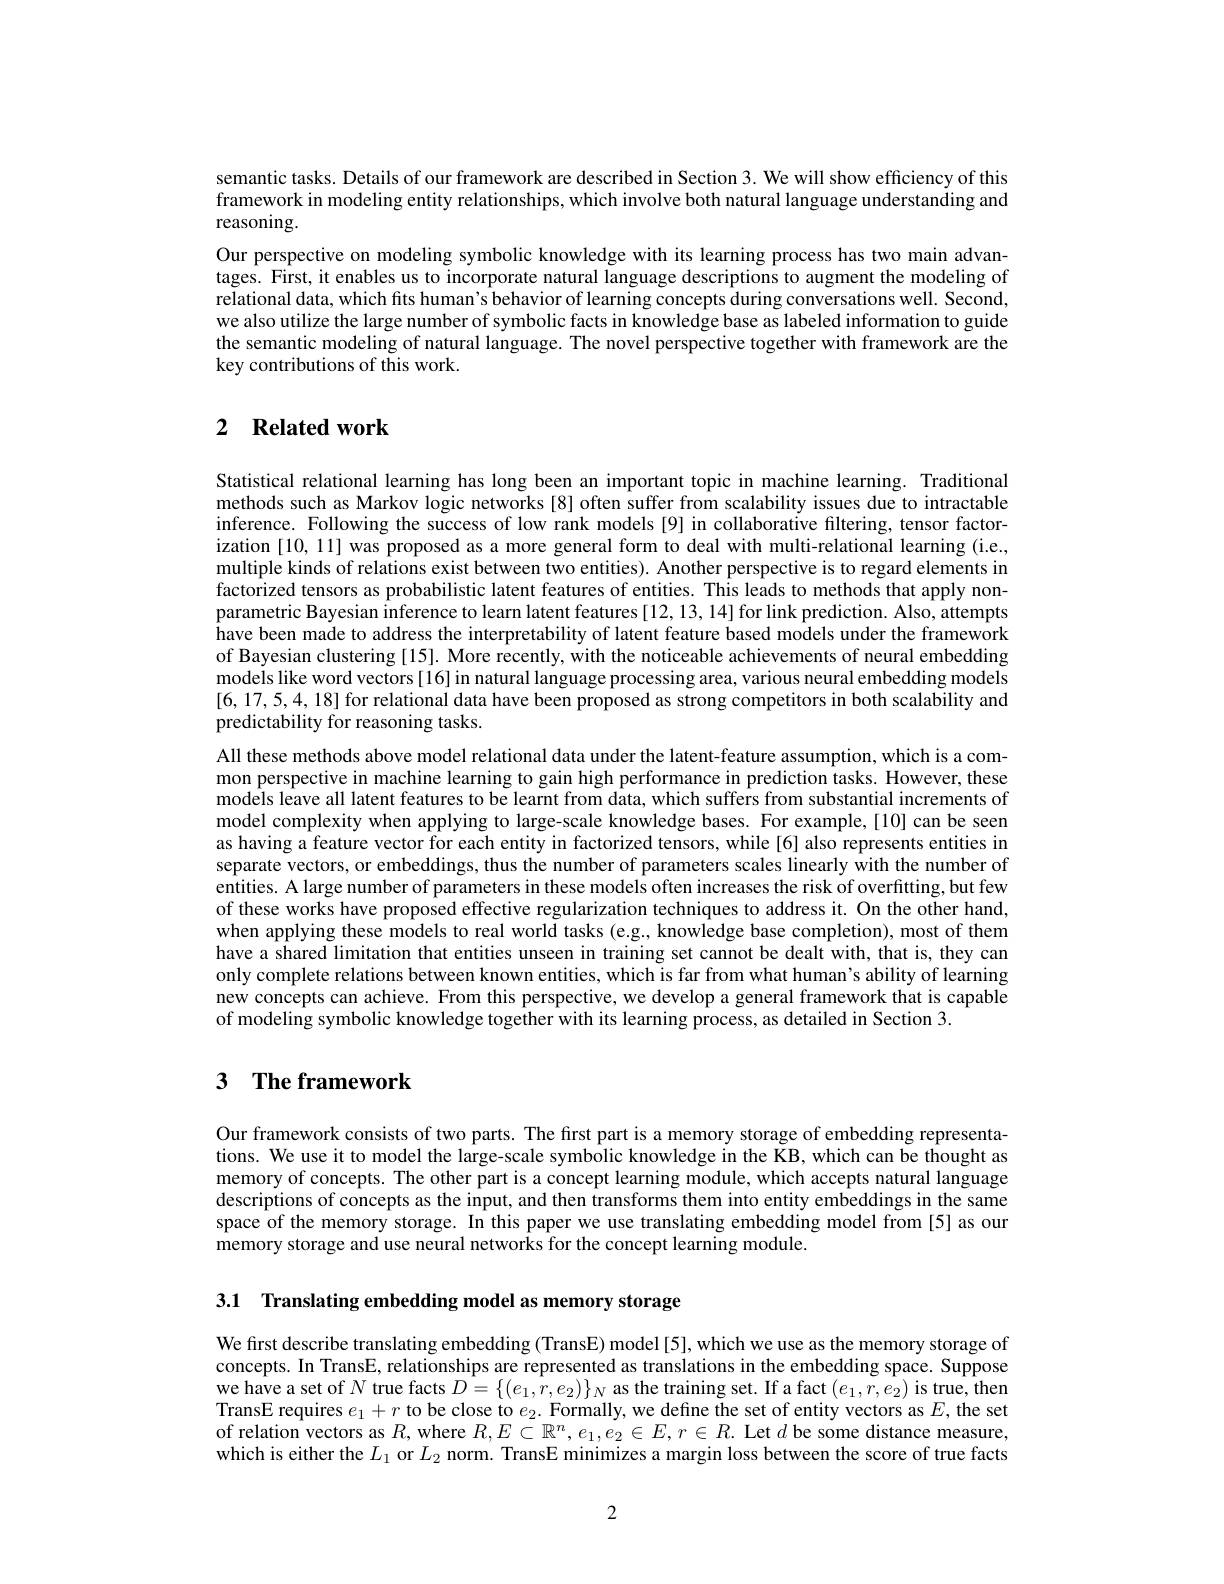
semantic tasks. Details of our framework are described in Section 3. We will show efficiency of this framework in modeling entity relationships, which involve both natural language understanding and reasoning.

Our perspective on modeling symbolic knowledge with its learning process has two main advantages. First, it enables us to incorporate natural language descriptions to augment the modeling of relational data, which fits human's behavior of learning concepts during conversations well. Second, we also utilize the large number of symbolic facts in knowledge base as labeled information to guide the semantic modeling of natural language. The novel perspective together with framework are the key contributions of this work.

## 2 $\textbf{Related work}$

Statistical relational learning has long been an important topic in machine learning. Traditional methods such as Markov logic networks [8] often suffer from scalability issues due to intractable inference. Following the success of low rank models [9] in collaborative filtering, tensor factorization [10,11] was proposed as a more general form to deal with multi-relational learning (i.e., multiple kinds of relations exist between two entities). Another perspective is to regard elements in factorized tensors as probabilistic latent features of entities. This leads to methods that apply nonparametric Bayesian inference to learn latent features [12,13,14] for link prediction. Also, attempts have been made to address the interpretability of latent feature based models under the framework of Bayesian clustering [15]. More recently, with the noticeable achievements of neural embedding models like word vectors[16] in natural language processing area, various neural embedding models [6,17,5,4,18] for relational data have been proposed as strong competitors in both scalability and predictability for reasoning tasks.
All these methods above model relational data under the latent-feature assumption, which is a common perspective in machine learning to gain high performance in prediction tasks. However, these models leave all latent features to be learnt from data, which suffers from substantial increments of model complexity when applying to large-scale knowledge bases. For example, [10] can be seen as having a feature vector for each entity in factorized tensors, while [6] also represents entities in separate vectors, or embeddings, thus the number of parameters scales linearly with the number of $\hat{\text{entities. A large number of parameters in these models often increases the risk of overfitting, but few}}$ of these works have proposed effective regularization techniques to address it. On the other hand, when applying these models to real world tasks (e.g., knowledge base completion), most of them have a shared limitation that entities unseen in training set cannot be dealt with, that is, they can only complete relations between known entities, which is far from what human's ability of learning new concepts can achieve. From this perspective, we develop a general framework that is capable of modeling symbolic knowledge together with its learning process, as detailed in Section 3.

## 3 $\textbf{The framework}$

Our framework consists of two parts. The first part is a memory storage of embedding representations. We use it to model the large-scale symbolic knowledge in the KB, which can be thought as memory of concepts. The other part is a concept learning module, which accepts natural language descriptions of concepts as the input, and then transforms them into entity embeddings in the same space of the memory storage. In this paper we use translating embedding model from [5] as our memory storage and use neural networks for the concept learning module.

3.1 Translating embedding model as memory storage

We first describe translating embedding (TransE) model[5], which we use as the memory storage of concepts. In TransE, relationships are represented as translations in the embedding space. Suppose we have a set of $N$ true facts $D=\{(e_1,r,e_2)\}_N$ as the training set. If a fact $(e_1,r,e_2)$ is true, then TransE requires $e_1+r$ to be close to $e_2.$ Formally, we define the set of entity vectors as $E$, the set of relation vectors as $R$, where $R,E\subset\mathbb{R}^n,e_1,e_2\in E,r\in R.$ Let $d$ be some distance measure, which is either the $L_1$ or $L_2$ norm. TransE minimizes a margin loss between the score of true facts

2